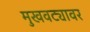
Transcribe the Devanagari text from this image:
मुखवट्यावर